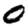
Digit: 0